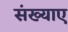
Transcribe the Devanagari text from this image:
संख्याए